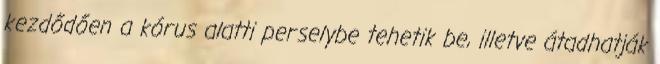
kezdődően a kórus alatti perselybe tehetik be, illetve átadhatják